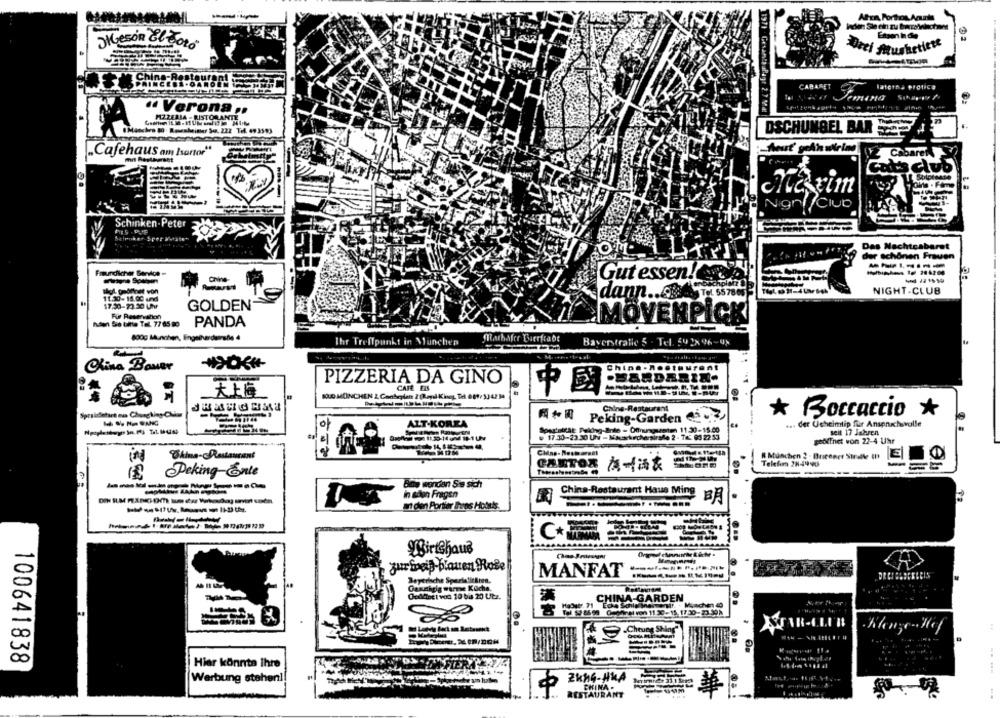
Atca Porthos Acute
32
Meson El Botó
Deci Atushetiett
CABARET
Materna Profica
Comana
1971 . GesamstauPage 2. 7 Ma!
" Verona .
MZZERIA - RISTORANTE
DSCHUNGEL BAR
„Cafehaus am Isartor"
Ngn!/ CIUD
Schinken-Peter
Das Nachtcabaret
der schönen Frauen
--------
Freundicher Berdoe
Gut essen!
scholorz &
dann .... A
Tel 557805
NIGHT-CLUB
11.30- 18.00 und
17.30-23.30 Uhr
GOLDEN
Fur Reservation
haen Sie bitte Tel. 77 85 80
PANDA
MÖVENPICK
800G Munchen, Engelhardwarede 4
Ihr Treffpunkt in Munchen
Marhafer Barrkrabt
Baverstralle 5 - Tel. 54 2x 96-92
Olina Bower
Chine- Restaurant
PIZZERIA DA GINO
.SANDERIN.
CAFE EIS
中國
ST
Chine-Restaurant
* Boccaccio *
ALT-KOREA
A+# Peking-Garden
... der Usheimtip für Anspruchsvolle
seit 17 Jahren
getnet von 22-4 Uhr
R Munchen 2 - Brenner Strelle II
E
CARTON
Ch
Peking-Ente
Bas wenden Sie sich
in adon Fragen
China-Restaurant Haus Ming
BA
an den Portier Ihres Hotels
Wirtshaus
Surfneid-blauen Rose
MANFAT
Beyerische Sparlelitären.
Gauchgig warme Küche.
Goldincl voo 10 bis 20 Utr.
NA-GARDEN
Hr. . Machen 40
Tel. 57 66 99
Caenral von 11:30-15.17.30-23.30
Cheung Shing
Konge Hef
:
100641838
Hier könnte Ihre
----
Werbung stehen !!
2khG-HKA
CHINA .
RESTAURANT